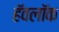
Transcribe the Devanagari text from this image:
हॅवलॉक